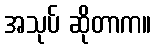
အသုပ် ဆိုတာက။